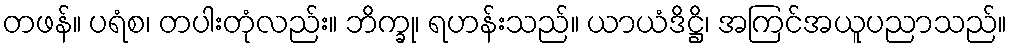
တဖန်။ ပရံစ၊ တပါးတုံလည်း။ ဘိက္ခု၊ ရဟန်းသည်။ ယာယံဒိဋ္ဌိ၊ အကြင်အယူပညာသည်။